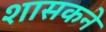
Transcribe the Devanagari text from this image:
शासकने